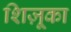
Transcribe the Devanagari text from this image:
शिज़ूका